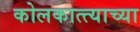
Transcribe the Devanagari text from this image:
कोलकात्त्याच्या